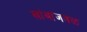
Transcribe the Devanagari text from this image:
खांबांजवळ